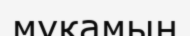
мұқамын